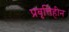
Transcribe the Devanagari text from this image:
प्रवृत्तिहीन